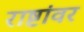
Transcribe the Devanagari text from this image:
राष्टांवर